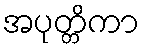
အပုတ္တိကာ